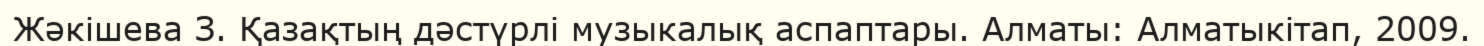
Жәкішева З. Қазақтың дәстүрлі музыкалық аспаптары. Алматы: Алматыкітап, 2009.